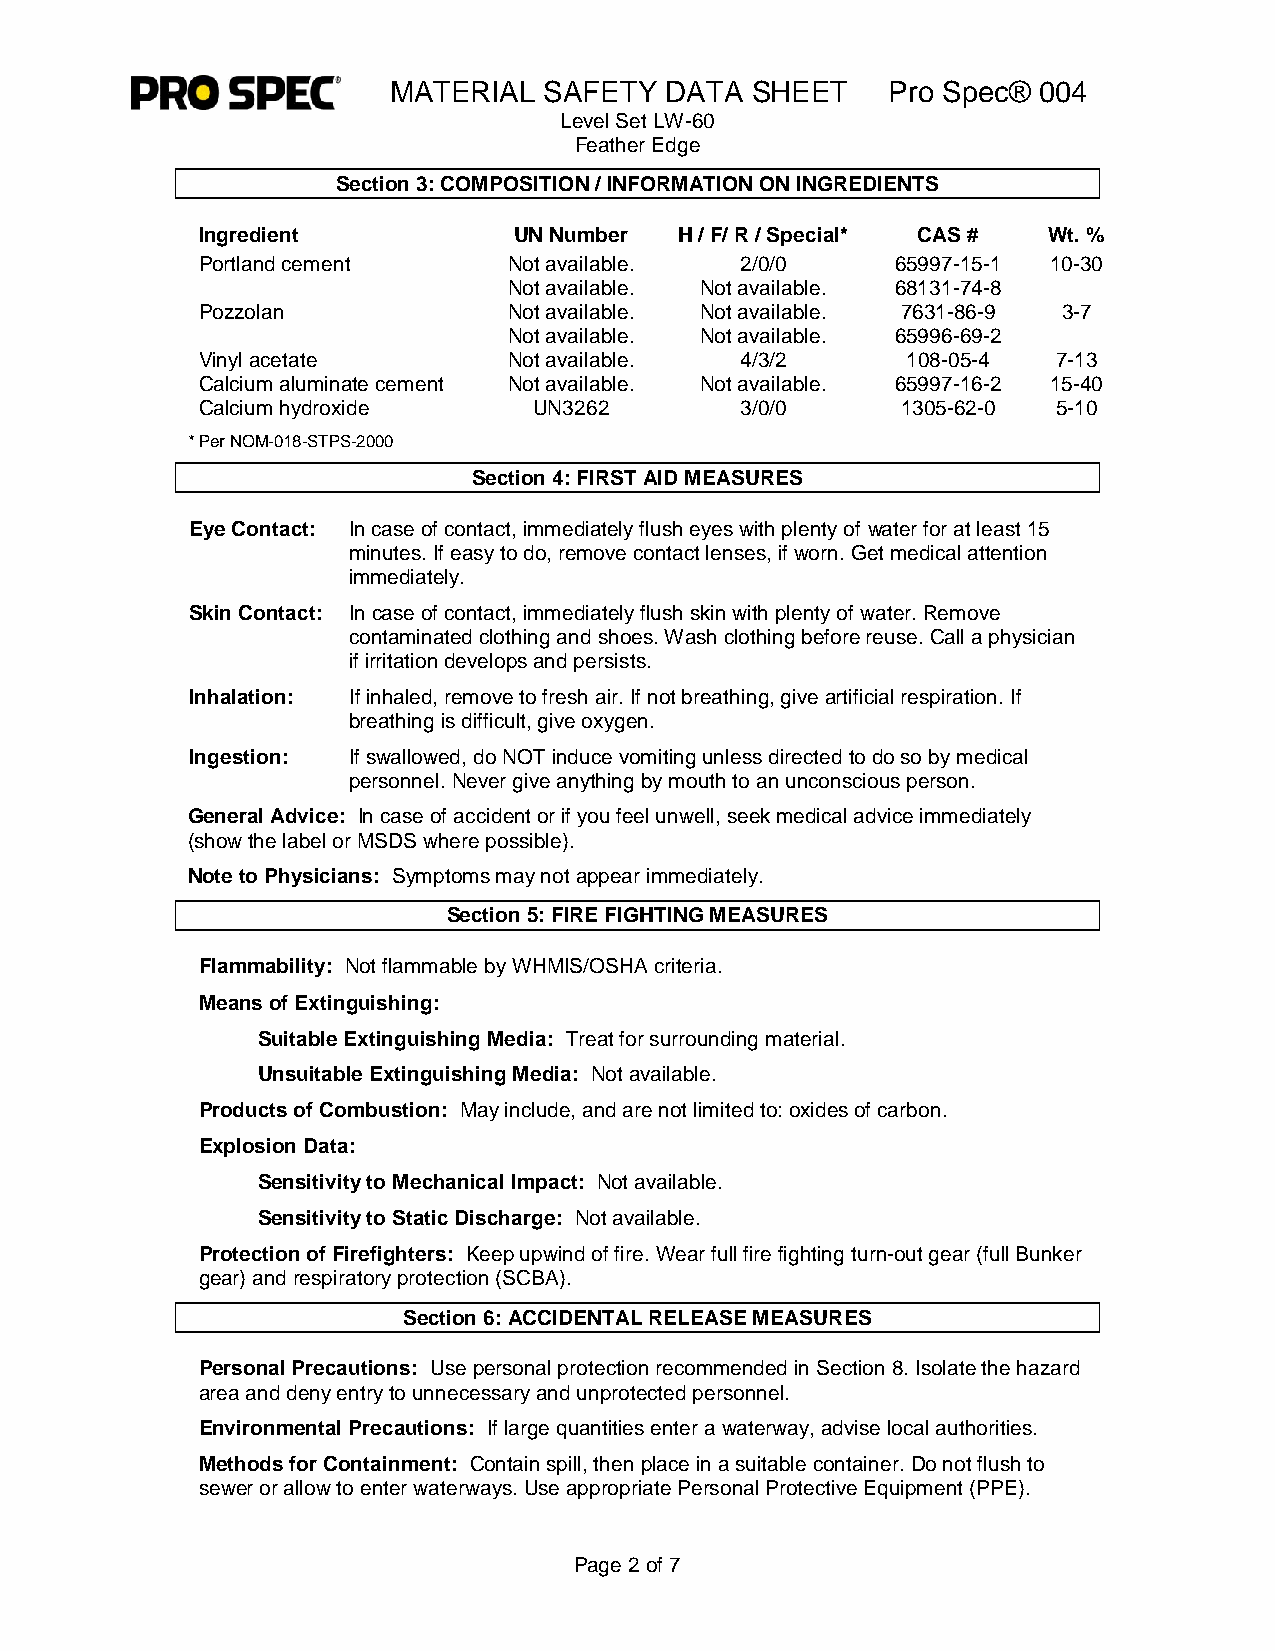
MATERIAL  SAFETY  DATA  SHEET    Pro Spec® 004
 Level Set LW-60
 Feather Edge
 Section 3: COMPOSITION / INFORMATION ON INGREDIENTS
 Ingredient           UN Number  H / F/ R / Special* CAS # Wt. %
 Portland cement      Not available. 2/0/0     65997-15-1 10-30
 Not available. Not available. 68131-74-8
 Pozzolan             Not available. Not available. 7631-86-9 3-7
 Not available. Not available. 65996-69-2
 Vinyl acetate        Not available. 4/3/2      108-05-4  7-13
 Calcium aluminate cement Not available. Not available. 65997-16-2 15-40
 Calcium hydroxide     UN3262        3/0/0      1305-62-0 5-10
 * Per NOM-018-STPS-2000
 Section 4: FIRST AID MEASURES
 Eye Contact: In case of contact, immediately flush eyes with plenty of water for at least 15
 minutes. If easy to do, remove contact lenses, if worn. Get medical attention
 immediately.
 Skin Contact: In case of contact, immediately flush skin with plenty of water. Remove
 contaminated clothing and shoes. Wash clothing before reuse. Call a physician
 if irritation develops and persists.
 Inhalation: If inhaled, remove to fresh air. If not breathing, give artificial respiration. If
 breathing is difficult, give oxygen.
 Ingestion: If swallowed, do NOT induce vomiting unless directed to do so by medical
 personnel. Never give anything by mouth to an unconscious person.
 General Advice: In case of accident or if you feel unwell, seek medical advice immediately
 (show the label or MSDS where possible).
 Note to Physicians: Symptoms may not appear immediately.
 Section 5: FIRE FIGHTING MEASURES
 Flammability: Not flammable by WHMIS/OSHA criteria.
 Means of Extinguishing:
 Suitable Extinguishing Media: Treat for surrounding material.
 Unsuitable Extinguishing Media: Not available.
 Products of Combustion: May include, and are not limited to: oxides of carbon.
 Explosion Data:
 Sensitivity to Mechanical Impact: Not available.
 Sensitivity to Static Discharge: Not available.
 Protection of Firefighters: Keep upwind of fire. Wear full fire fighting turn-out gear (full Bunker
 gear) and respiratory protection (SCBA).
 Section 6: ACCIDENTAL RELEASE MEASURES
 Personal Precautions: Use personal protection recommended in Section 8. Isolate the hazard
 area and deny entry to unnecessary and unprotected personnel.
 Environmental Precautions: If large quantities enter a waterway, advise local authorities.
 Methods for Containment: Contain spill, then place in a suitable container. Do not flush to
 sewer or allow to enter waterways. Use appropriate Personal Protective Equipment (PPE).
 Page 2 of 7